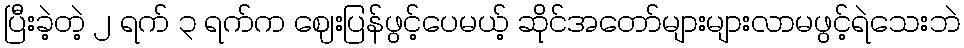
ပြီးခဲ့တဲ့ ၂ ရက် ၃ ရက်က ဈေးပြန်ဖွင့်ပေမယ့် ဆိုင်အတော်များများလာမဖွင့်ရဲသေးဘဲ